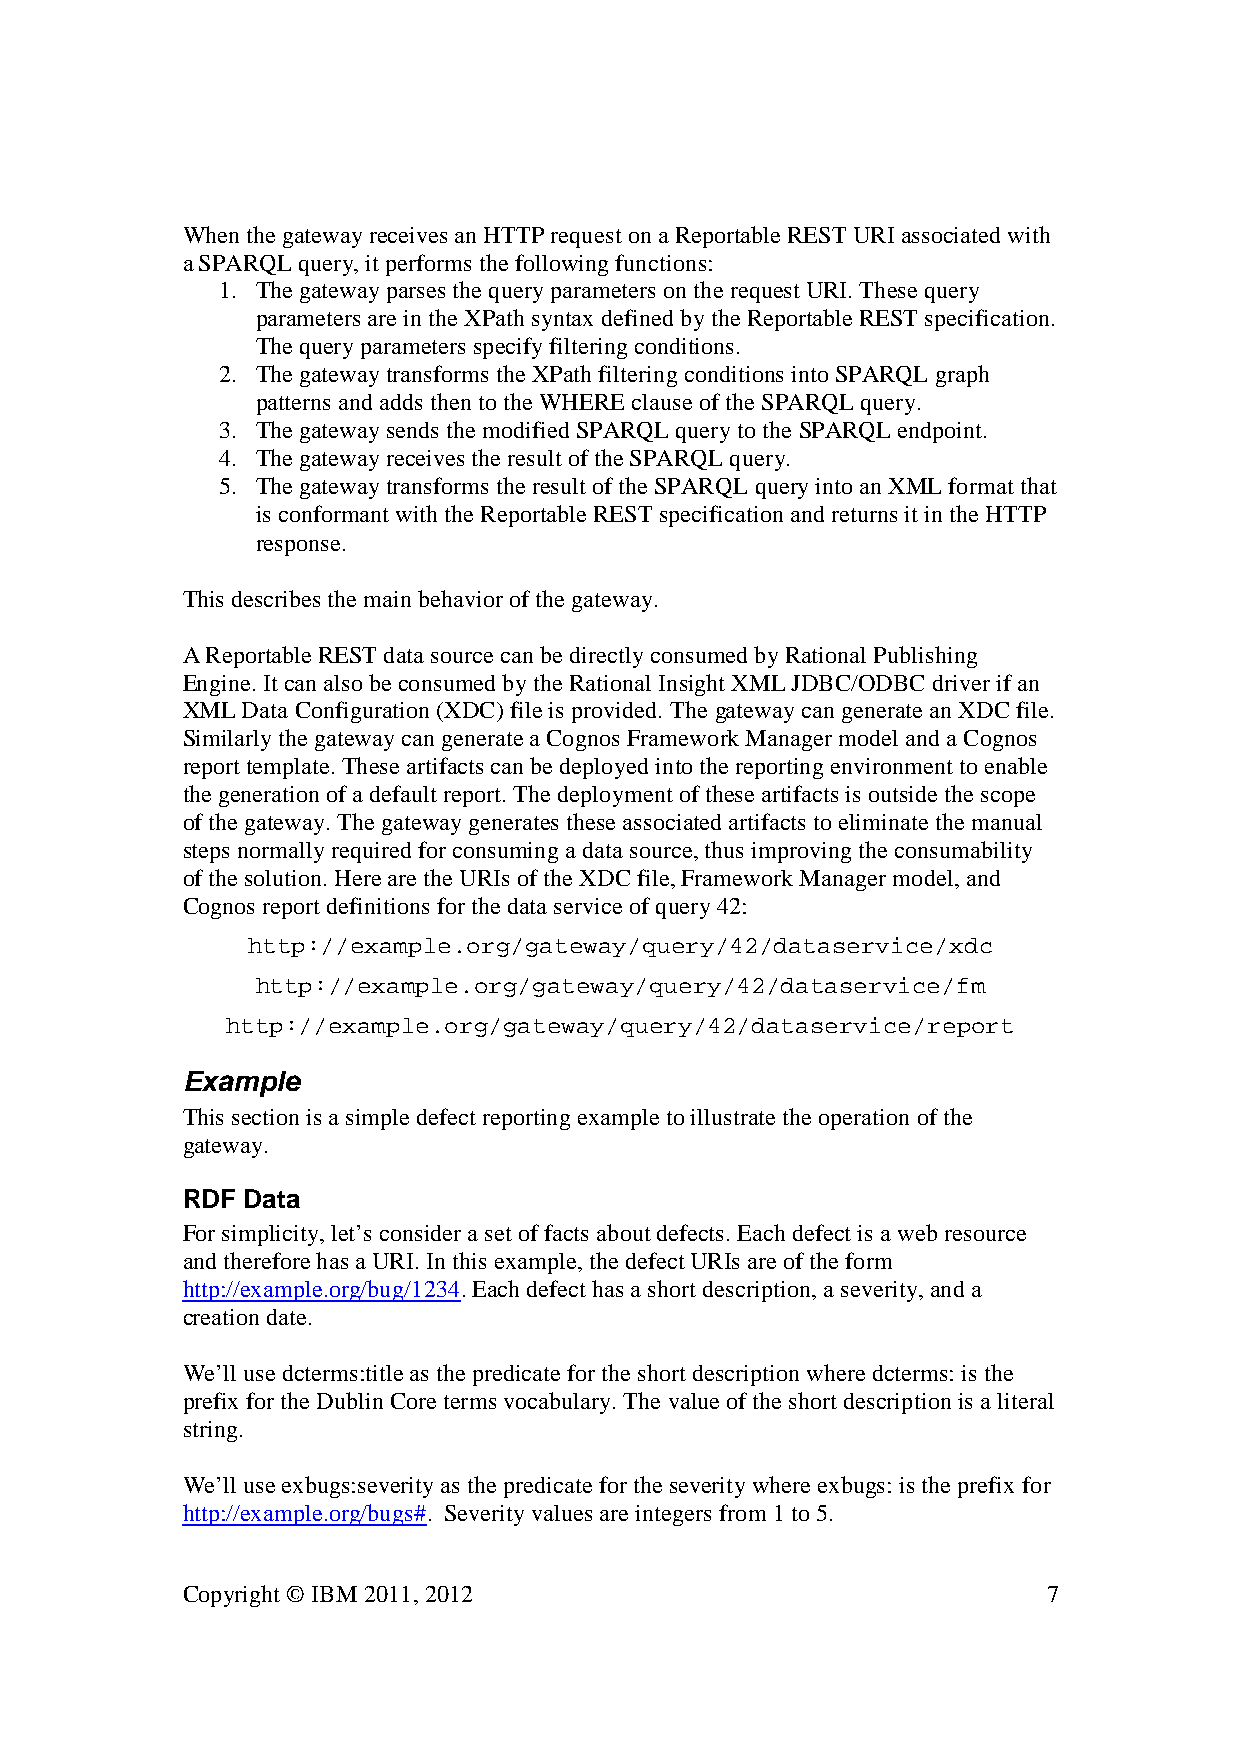
When the gateway receives an HTTP request on a Reportable REST URI associated with
 a SPARQL query, it performs the following functions:
 1. The gateway parses the query parameters on the request URI. These query
 parameters are in the XPath syntax defined by the Reportable REST specification.
 The query parameters specify filtering conditions.
 2. The gateway transforms the XPath filtering conditions into SPARQL graph
 patterns and adds then to the WHERE clause of the SPARQL query.
 3. The gateway sends the modified SPARQL query to the SPARQL endpoint.
 4. The gateway receives the result of the SPARQL query.
 5. The gateway transforms the result of the SPARQL query into an XML format that
 is conformant with the Reportable REST specification and returns it in the HTTP
 response.
 This describes the main behavior of the gateway.
 A Reportable REST data source can be directly consumed by Rational Publishing
 Engine. It can also be consumed by the Rational Insight XML JDBC/ODBC driver if an
 XML Data Configuration (XDC) file is provided. The gateway can generate an XDC file.
 Similarly the gateway can generate a Cognos Framework Manager model and a Cognos
 report template. These artifacts can be deployed into the reporting environment to enable
 the generation of a default report. The deployment of these artifacts is outside the scope
 of the gateway. The gateway generates these associated artifacts to eliminate the manual
 steps normally required for consuming a data source, thus improving the consumability
 of the solution. Here are the URIs of the XDC file, Framework Manager model, and
 Cognos report definitions for the data service of query 42:
 http://example.org/gateway/query/42/dataservice/xdc
 http://example.org/gateway/query/42/dataservice/fm
 http://example.org/gateway/query/42/dataservice/report
 Example
 This section is a simple defect reporting example to illustrate the operation of the
 gateway.
 RDF Data
 For simplicity, let’s consider a set of facts about defects. Each defect is a web resource
 and therefore has a URI. In this example, the defect URIs are of the form
 http://example.org/bug/1234. Each defect has a short description, a severity, and a
 creation date.
 We’ll use dcterms:title as the predicate for the short description where dcterms: is the
 prefix for the Dublin Core terms vocabulary. The value of the short description is a literal
 string.
 We’ll use exbugs:severity as the predicate for the severity where exbugs: is the prefix for
 http://example.org/bugs#. Severity values are integers from 1 to 5.
 Copyright © IBM 2011, 2012                               7